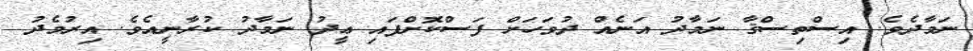
ނަމާދެވެ. އިސްތިސްޤާ ނަމާދު އަނެއް ދުވަހަށް ފަސްކޮށްފައި ޢީދު ނަމާދު ކުރާނީއެވެ. އިރުމެދު